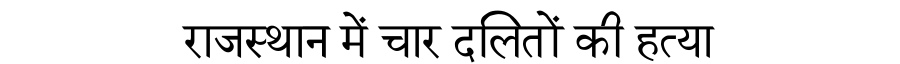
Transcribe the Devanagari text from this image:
राजस्थान में चार दलितों की हत्या